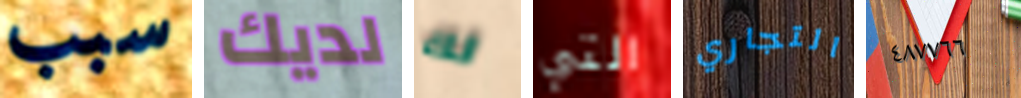
سبب لديك لك التي التجاري ٤٨٧٧٦٦